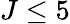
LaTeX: J\leq 5